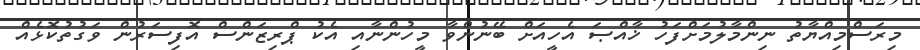
މިރަސްމިއްޔާތު ނިންމާލުމަށްފަހު ޚާއްޞަ އެހީއަށް ބޭނުންވާ މީހުންނާއި އެކު ޕްރިޒަންސް އޮފިސަރުން ވަގުތުކޮޅެއް